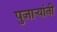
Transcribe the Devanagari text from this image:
पुजाऱ्यांनी